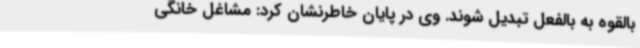
بالقوه به بالفعل تبدیل شوند. وی در پایان خاطرنشان کرد: مشاغل خانگی